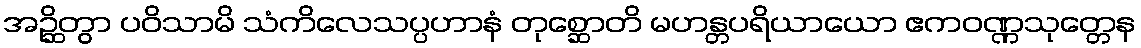
အဉ္ဆိတွာ ပဝိသာမိ သံကိလေသပ္ပဟာနံ တုစ္ဆောတိ မဟန္တပရိယာယော ဧကဝဏ္ဏသုတ္တေန